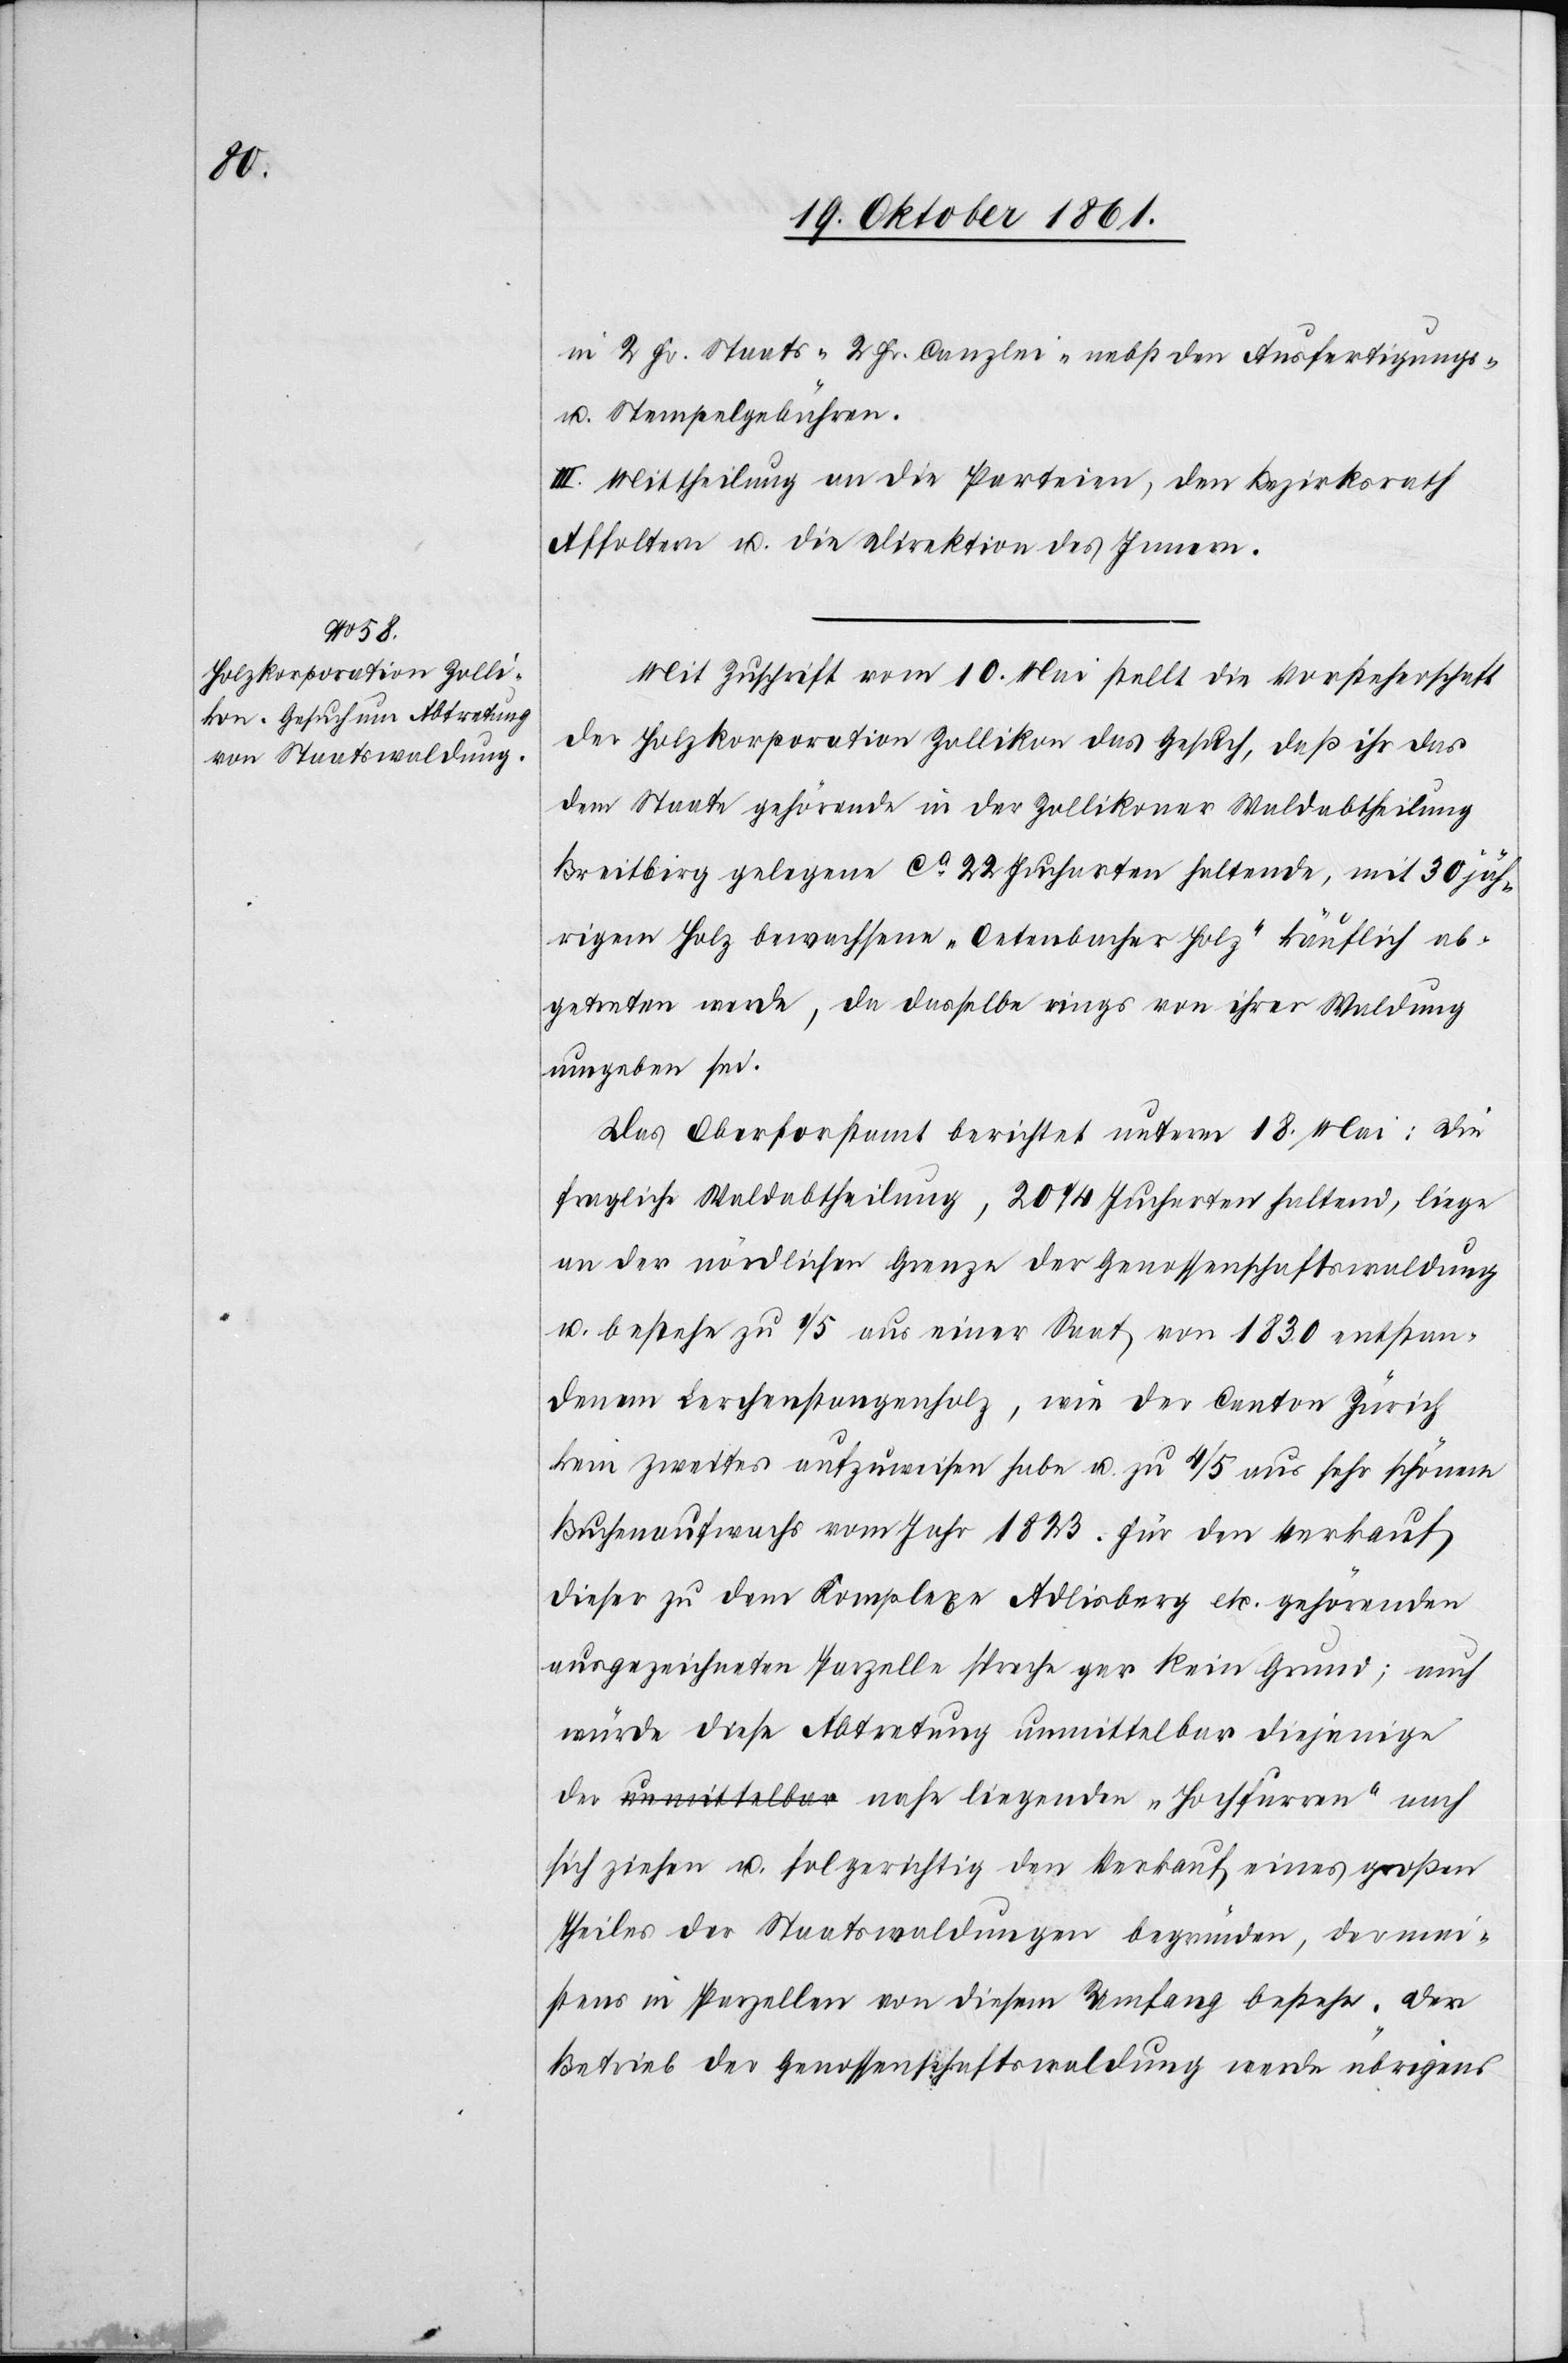
in 2 Fr. Staats-[,] 2 Fr. Canzlei-[,] nebst den Ausfertigungs-
u. Stempelgebühren.
III. Mittheilung an die Parteien, den Bezirksrath
Affoltern u. die Direktion des Innern.
Mit Zuschrift vom 10 Mai stellt die Vorsteherschaft
der Holzkorporation Zollikon das Gesuch, daß ihr das
dem Staate gehörende in der Zollikoner Waldabtheilung
Breitbirg gelegene ca 22 Jucharten haltende, mit 30 jäh¬
rigem Holz bewachsene „Oetenbacher Holz“ käuftlich ab¬
getreten werde, da dasselbe rings von ihrer Waldung
umgeben sei.
Das Oberforstamt berichtet unterm 18 Mai: Die
fragliche Waldabtheilung, 20 1/4 Jucharten haltend, liege
an der nördlichen Grenze der Genossenschaftswaldung
u. bestehe zu 1/5 aus einer Saat von 1830 entstan¬
denem Lerchenstangenholz, wie der Canton Zürich
kein zweites aufzuweisen habe u. zu 4/5 aus sehr schönem
Buchenaufwachs vom Jahr 1823. Für den Verkauf
dieser zu dem Komplexe Adlisberg etc. gehörenden
ausgezeichneten Parzelle spreche gar kein Grund; auch
würde diese Abtretung unmittelbar diejenige
sich ziehen u. folgerichtig den Verkauf eines großen
Theiles der Staatswaldungen begründen, der wenig¬
stens in Parzellen von diesem Umfang bestehe. Der
Betrieb der Genossenschaftswaldung werde übrigens